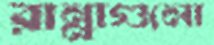
রান্নাগুলো